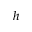
h